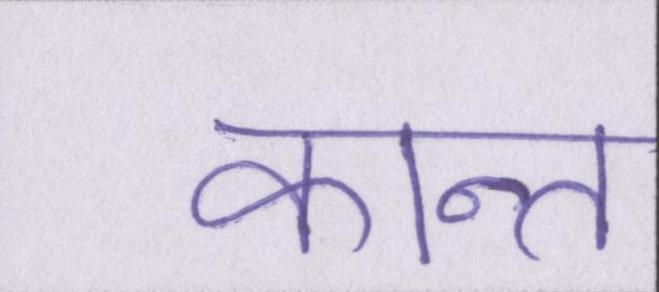
कान्त